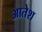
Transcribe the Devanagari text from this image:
आतेश